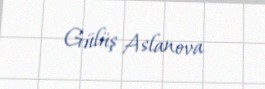
Gülüş Aslanova